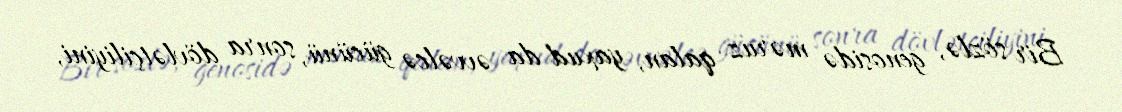
Bir sözlə, genosidə məruz qalan, yaxud da əvvəlcə gücünü, sonra dövlətçiliyini,